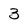
Character: 3